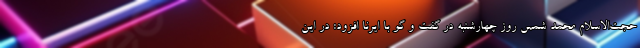
حجت‌الاسلام محمد شمس روز چهارشنبه در گفت و گو با ایرنا افزود: در این